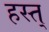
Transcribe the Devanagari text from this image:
हस्त्